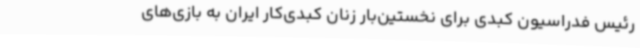
رئیس فدراسیون کبدی برای نخستین‌بار زنان کبدی‌کار ایران به بازی‌های